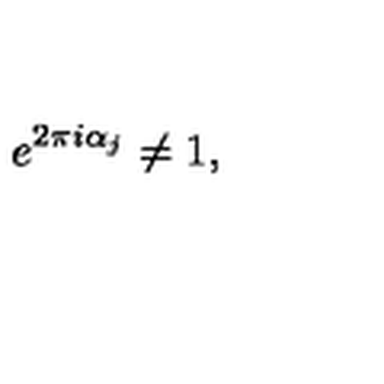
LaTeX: e ^ { 2 \pi i \alpha _ { j } } \neq 1 ,